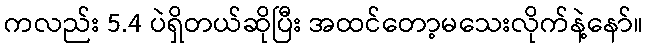
ကလည်း 5.4 ပဲရှိတယ်ဆိုပြီး အထင်တော့မသေးလိုက်နဲ့နော်။